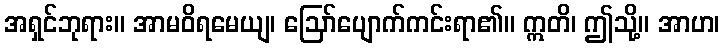
အရှင်ဘုရား။ အာမဝိရမေယျ၊ ဩော်ပျောက်ကင်းရာ၏။ ဣတိ၊ ဤသို့။ အာဟ၊